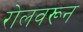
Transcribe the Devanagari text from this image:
रोलवरून